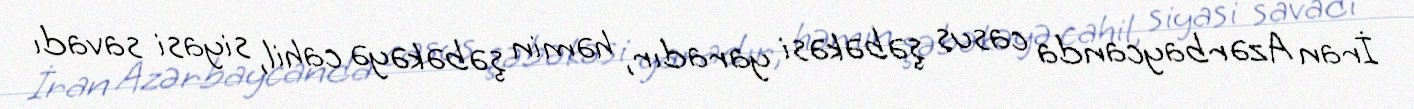
İran Azərbaycanda casus şəbəkəsi yaradır, həmin şəbəkəyə cahil, siyasi savadı